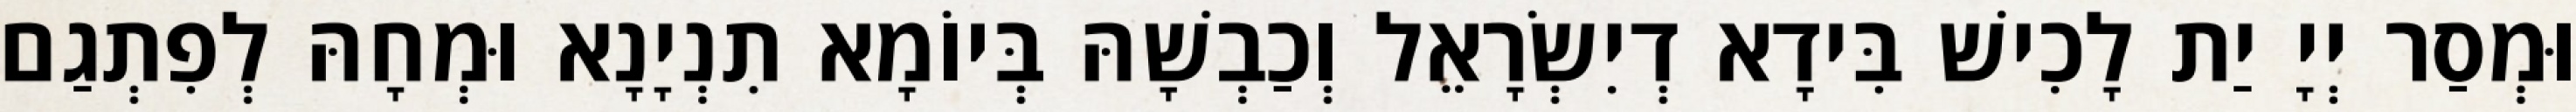
וּמְסַר יְיָ יַת לָכִישׁ בִּידָא דְיִשְׂרָאֵל וְכַבְשָׁהּ בְּיוֹמָא תִנְיָנָא וּמְחָהּ לְפִתְגַם